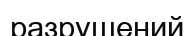
разрушений